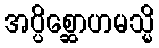
အပ္ပိစ္ဆောဟမသ္မိ